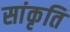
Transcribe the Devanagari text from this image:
सांकृति